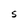
Character: S